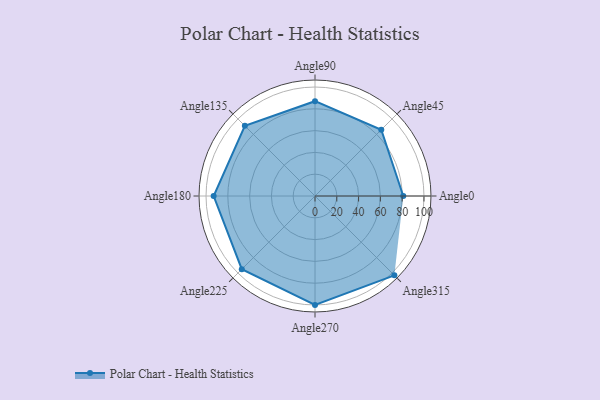
{"axis": {"x": "Angle", "y": "Radius"}, "legend": [""], "data": [{"x": "Angle0", "y": 81.0, "type": ""}, {"x": "Angle45", "y": 86.0, "type": ""}, {"x": "Angle90", "y": 87.0, "type": ""}, {"x": "Angle135", "y": 91.0, "type": ""}, {"x": "Angle180", "y": 93.0, "type": ""}, {"x": "Angle225", "y": 95.0, "type": ""}, {"x": "Angle270", "y": 100.0, "type": ""}, {"x": "Angle315", "y": 103.0, "type": ""}]}